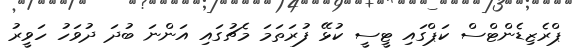
ޕްރެޒިޑެންޓްސް ކަޕްގައި ޓީސީ ކުޅޭ ފުރަތަމަ މެޗުގައި އަންނަ ބުދަ ދުވަހު ހަވީރު